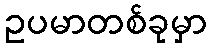
ဥပမာတစ်ခုမှာ